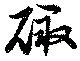
礉